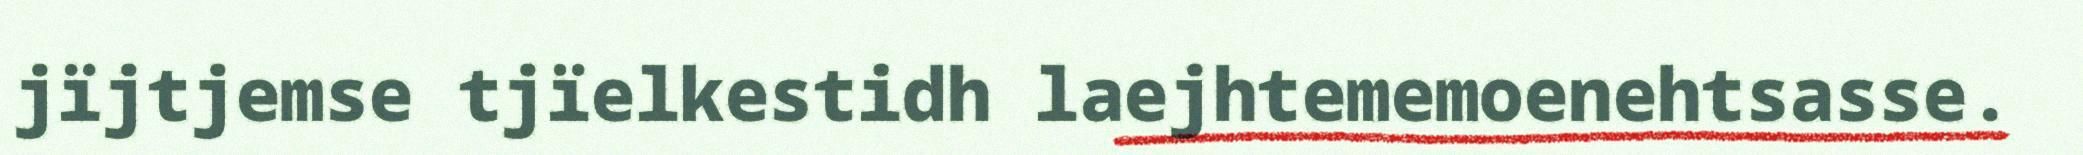
jïjtjemse tjïelkestidh laejhtememoenehtsasse.